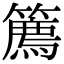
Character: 𥴱